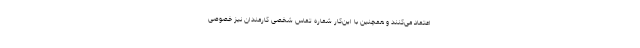
اعتماد می‌کنند و همچنین با این‌کار شماره تماس شخصی کارمندان نیز خصوصی